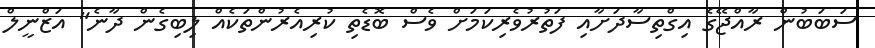
ސަބަބުން ރާއްޖޭގެ އިގްތިސާދަށާއި ފަތުރުވެރިކަމަށް ވެސް ބޮޑެތި ކުރިއެރުންތަކެއް ލިބިގެން ދާނެ" އަޒްނީލް